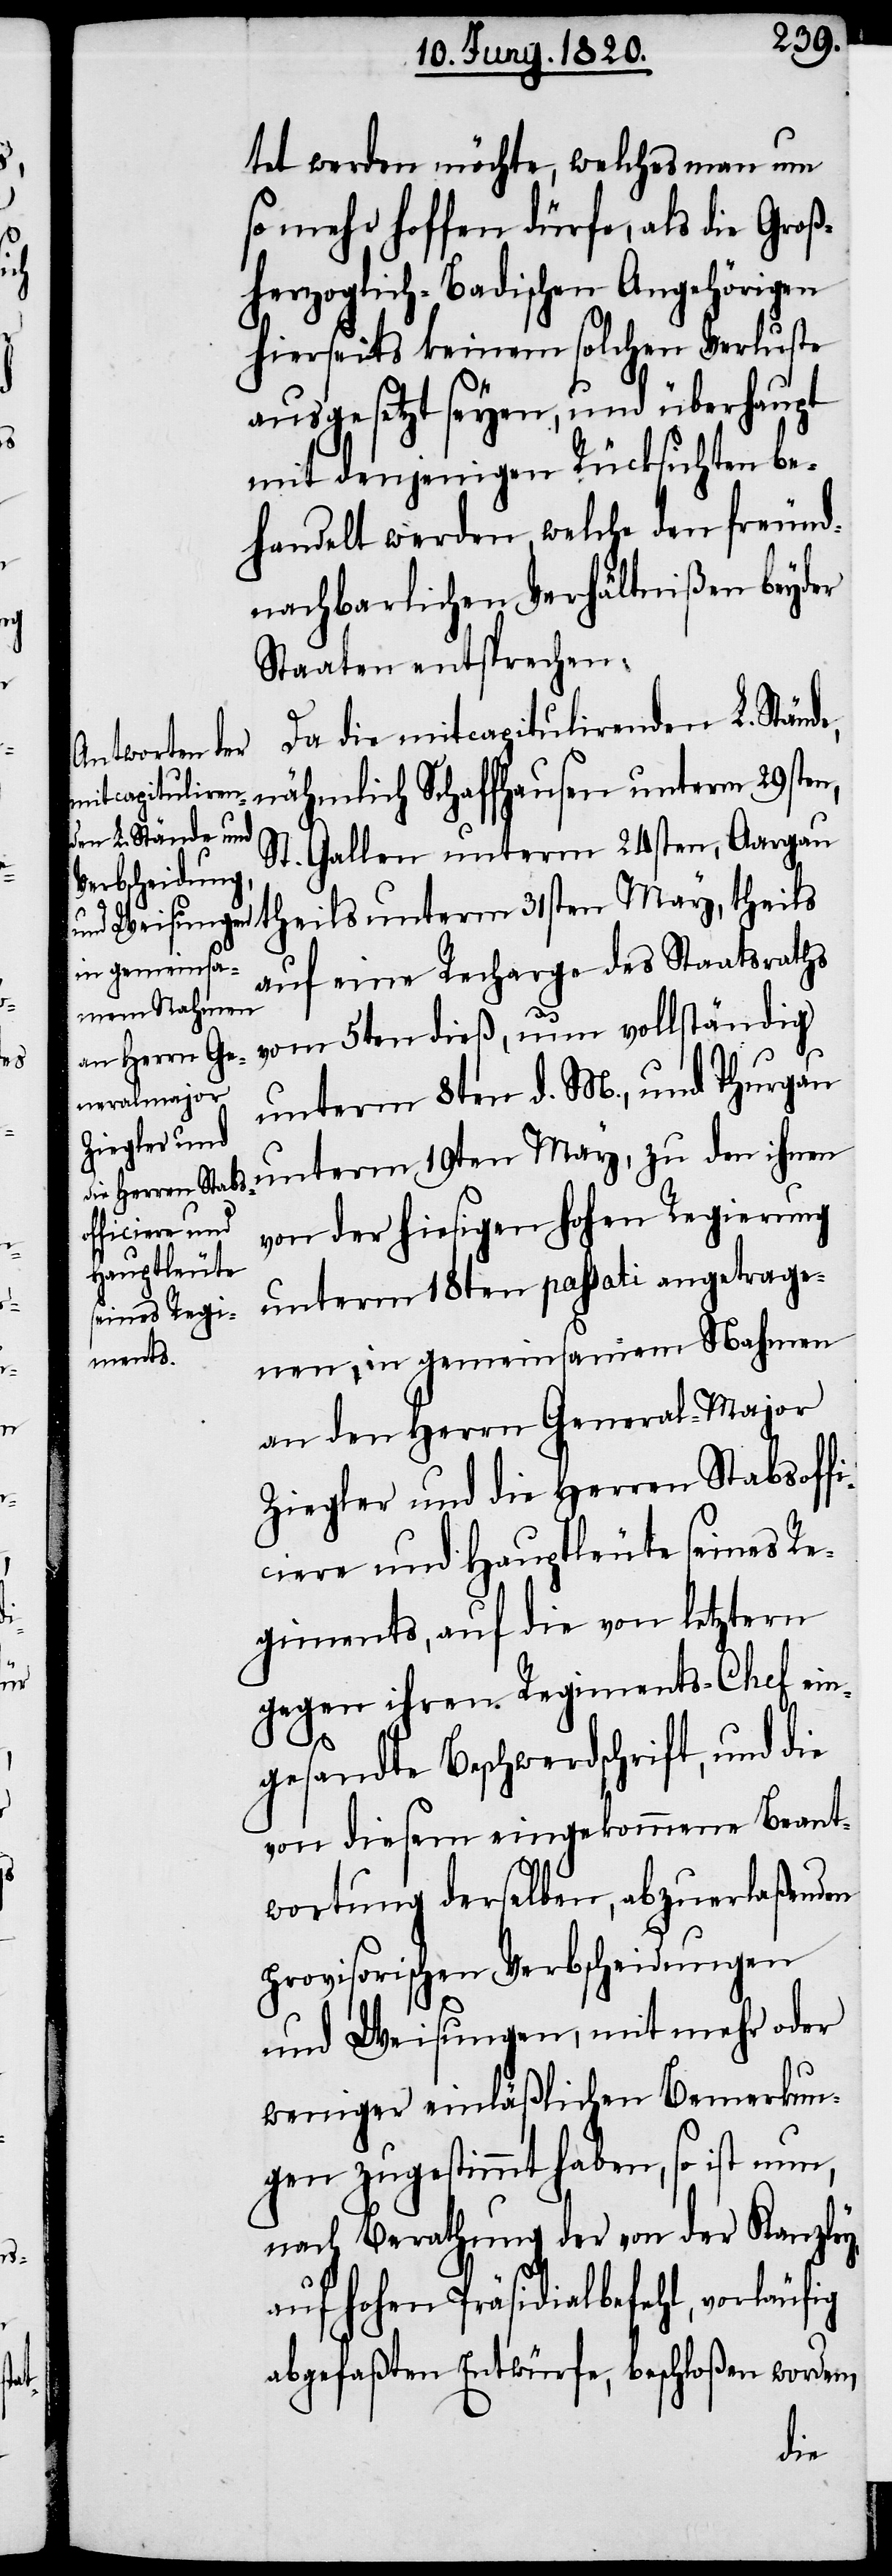
e,

tet werden möchte, welches man um
so mehr hoffen dürfe, als die Groß¬
herzoglich-Badischen Angehörigen
hierseits keinem solchen Verluste
ausgesetzt seyen, und überhaupt
mit denjenigen Rücksichten be¬
handelt werden, welche den freund¬
nachbarlichen Verhältnißen beyder
Staaten entsprechen.
Da die mitcapitulirenden L. Ständ¬
nähmlich Schaffhausen unterm 29sten,
St. Gallen unterm 24sten, Aargau
theils unterm 31sten May, theils
auf eine Recharge des Staatsraths
vom 5ten dieß, nun vollständig
unterm 8ten d. M., und Thurgau
unterm 19ten May, zu den ihnen
von der hiesigen hohen Regierung
unter dem 18ten passati angetrage¬
nen, in gemeinsamen Nahmen
an den Herrn General-Major
Ziegler und die Herren Stabsoff¬
iciere und Hauptleute seines Re¬
giments, auf die von letztern
gegen ihren Regiments-Chef ein¬
gesandte Beschwerdschrift, und die
von diesem eingekommene Beant¬
wortung derselben, abzuerlaßenden
provisorischen Verbscheidungen
und Weisungen, mit mehr oder
weniger einläßlichen Bemerkun¬
gen zugestimmt haben, so ist nun,
nach Berathung der von der Kanzley,
auf hohen Präsidialbefehl, vorläufig
abgefaßten Entwürfe, beschloßen worden